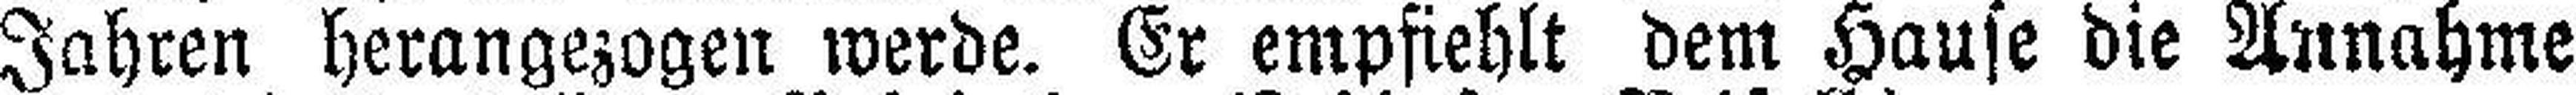
Jahren herangezogen werde. Er empfiehlt dem Hause die Annahme